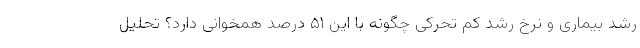
رشد بیماری و نرخ رشد کم تحرکی چگونه با این ۵۱ درصد همخوانی دارد؟ تحلیل